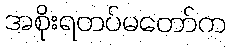
အစိုးရတပ်မတော်က